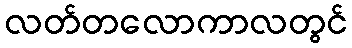
လတ်တလောကာလတွင်